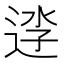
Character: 𨓎